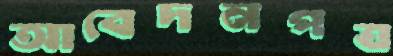
আবেদনপত্র